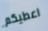
اعطيكم